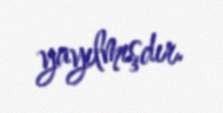
yayılmışdır.